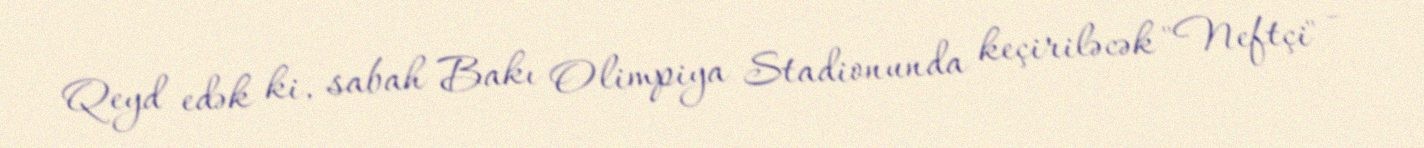
Qeyd edək ki, sabah Bakı Olimpiya Stadionunda keçiriləcək "Neftçi" -